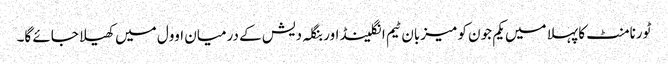
ٹورنامنٹ کا پہلا میں یکم جون کو میزبان ٹیم انگلینڈ اور بنگلہ دیش کے درمیان اوول میں کھیلا جائے گا۔